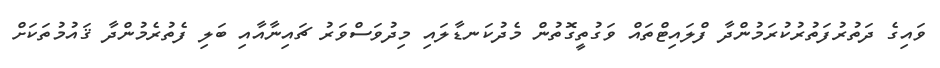
ވައިގެ ދަތުރުފަތުރުކުރަމުންދާ ފްލައިޓްތައް ވަގުތީގޮތުން މެދުކަނޑާލައި މިދުވަސްވަރު ޗައިނާއާއި ބަލި ފެތުރެމުންދާ ޤައުމުތަކަށް